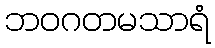
ဘဝဂတမသာရံ